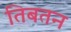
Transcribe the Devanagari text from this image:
तिबतन